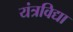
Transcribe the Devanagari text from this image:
यंत्रविद्या